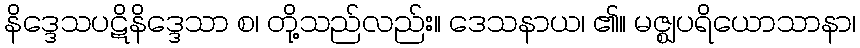
နိဒ္ဒေသပဋိနိဒ္ဒေသာ စ၊ တို့သည်လည်း။ ဒေသနာယ၊ ၏။ မဇ္ဈပရိယောသာနာ၊